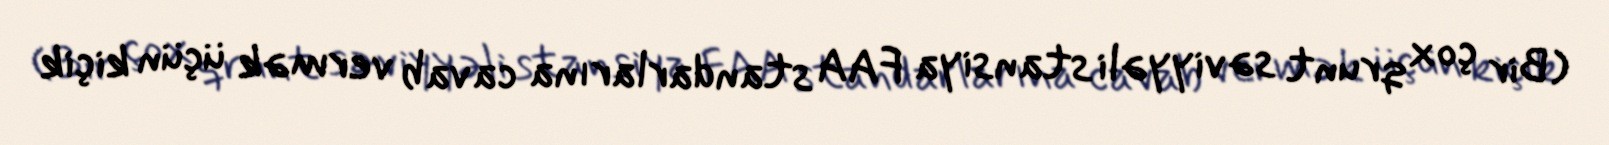
(Bir çox qrunt səviyyəli stansiya FAA standarlarına cavab vermək üçün kiçik